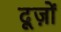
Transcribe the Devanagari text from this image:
दूज़ों